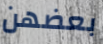
بعضهن